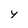
Character: y